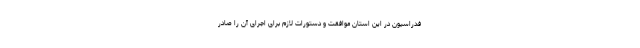
فدراسیون در این استان موافقت و دستورات لازم برای اجرای آن را صادر